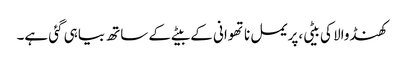
کھنڈوالا کی بیٹی،پریمل ناتھوانی کے بیٹے کے ساتھ بیاہی گئی ہے۔